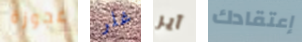
عجوزة غلر آير إعتقادك